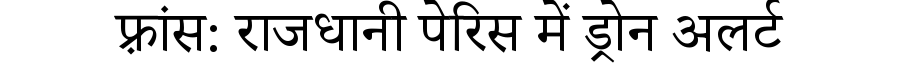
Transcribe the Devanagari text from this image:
फ़्रांस: राजधानी पेरिस में ड्रोन अलर्ट